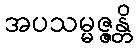
အပသမ္မဇ္ဇန္တိ